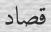
قصاد